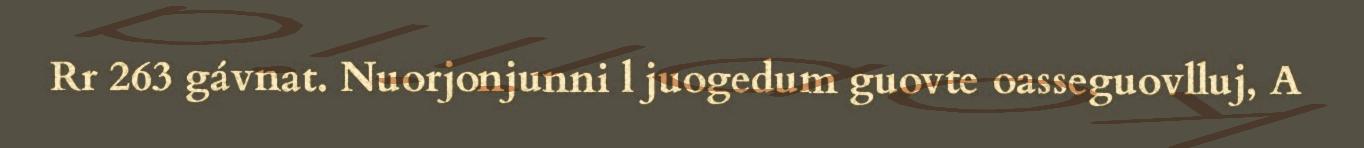
Rr 263 gávnat. Nuorjonjunni l juogedum guovte oasseguovlluj, A